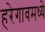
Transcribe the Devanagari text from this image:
हरेगावमध्ये